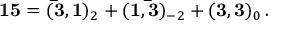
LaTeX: { \bf 1 5 } = ( { \bf \bar { 3 } } , { \bf 1 } ) _ { 2 } + ( { \bf 1 } , { \bf \bar { 3 } } ) _ { - 2 } + ( { \bf 3 } , { \bf 3 } ) _ { 0 } \, .